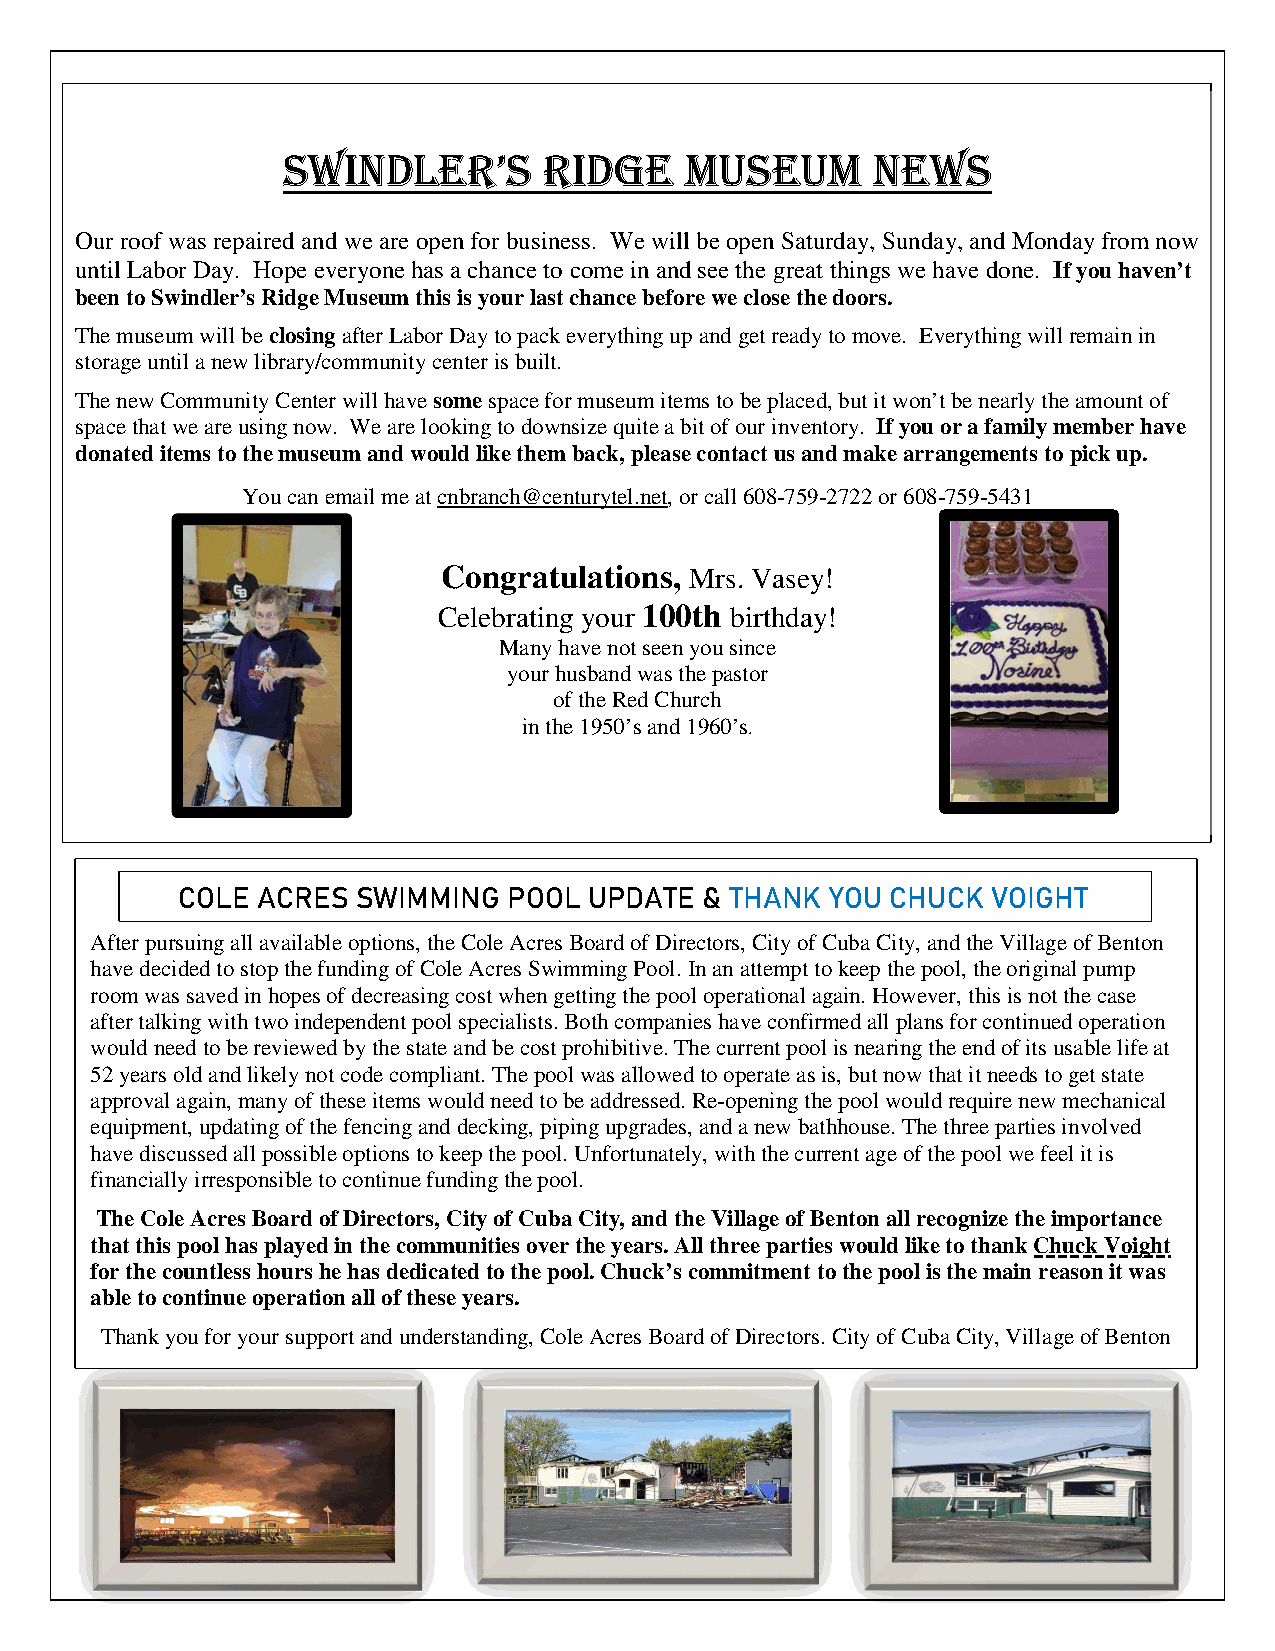
SWINDLER’S       RIDGE    MUSEUM       NEWS
 Our roof was repaired and we are open for business. We will be open Saturday, Sunday, and Monday from now
 until Labor Day. Hope everyone has a chance to come in and see the great things we have done. If you haven’t
 been to Swindler’s Ridge Museum this is your last chance before we close the doors.
 The museum will be closing after Labor Day to pack everything up and get ready to move. Everything will remain in
 storage until a new library/community center is built.
 The new Community Center will have some space for museum items to be placed, but it won’t be nearly the amount of
 space that we are using now. We are looking to downsize quite a bit of our inventory. If you or a family member have
 donated items to the museum and would like them back, please contact us and make arrangements to pick up.
 You can email me at cnbranch@centurytel.net, or call 608-759-2722 or 608-759-5431
 Congratulations, Mrs. Vasey!
 Celebrating your 100th birthday!
 Many have not seen you since
 your husband was the pastor
 of the Red Church
 in the 1950’s and 1960’s.
 COLE ACRES  SWIMMING  POOL UPDATE  & THANK YOU CHUCK  VOIGHT
 After pursuing all available options, the Cole Acres Board of Directors, City of Cuba City, and the Village of Benton
 have decided to stop the funding of Cole Acres Swimming Pool. In an attempt to keep the pool, the original pump
 room was saved in hopes of decreasing cost when getting the pool operational again. However, this is not the case
 after talking with two independent pool specialists. Both companies have confirmed all plans for continued operation
 would need to be reviewed by the state and be cost prohibitive. The current pool is nearing the end of its usable life at
 52 years old and likely not code compliant. The pool was allowed to operate as is, but now that it needs to get state
 approval again, many of these items would need to be addressed. Re-opening the pool would require new mechanical
 equipment, updating of the fencing and decking, piping upgrades, and a new bathhouse. The three parties involved
 have discussed all possible options to keep the pool. Unfortunately, with the current age of the pool we feel it is
 financially irresponsible to continue funding the pool.
 The Cole Acres Board of Directors, City of Cuba City, and the Village of Benton all recognize the importance
 that this pool has played in the communities over the years. All three parties would like to thank Chuck Voight
 for the countless hours he has dedicated to the pool. Chuck’s commitment to the pool is the main reason it was
 able to continue operation all of these years.
 Thank you for your support and understanding, Cole Acres Board of Directors. City of Cuba City, Village of Benton